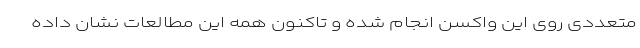
متعددی روی این واکسن انجام شده و تاکنون همه این مطالعات نشان داده